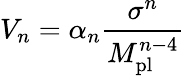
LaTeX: V_{n}=\alpha_{n}\frac{\sigma^{n}}{M_{\mathrm{pl}}^{n-4}}